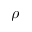
\rho